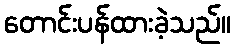
တောင်းပန်ထားခဲ့သည်။